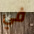
في